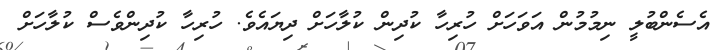
އެސެންބުލީ ނިމުމުން އަވަހަށް ހުރިހާ ކުދިން ކުލާހަށް ދިޔައެވެެ. ހުރިހާ ކުދިންވެސް ކުލާހަށް